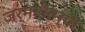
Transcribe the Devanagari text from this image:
जर्मनीतर्फे